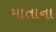
માતાના